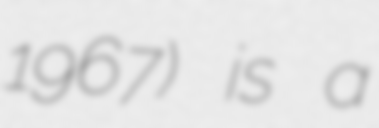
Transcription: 1967) is a